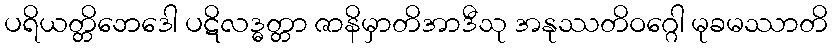
ပရိယတ္တိဘေဒေါ ပဋိလဒ္ဓတ္တာ ဇာနိမှာတိအာဒီသု အနုဿတိဝဂ္ဂေါ မုခမဿာတိ